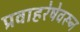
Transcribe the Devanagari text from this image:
प्रवाहरेषेवरून